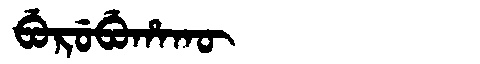
Manchu: ᠪᡠᡵᡠᠪᡠᡥᠠᡴᡡ
Romanization: BURUBUHAKŪ